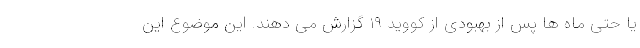
یا حتی ماه ها پس از بهبودی از کووید ۱۹ گزارش می دهند. این موضوع این